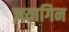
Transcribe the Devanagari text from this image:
ज़्व्यागिन